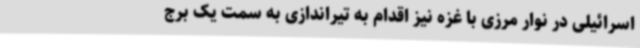
اسرائیلی در نوار مرزی با غزه نیز اقدام به تیراندازی به سمت یک برج